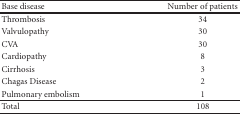
<table><thead><tr><td><b>Base disease</b></td><td><b>Number of patients</b></td></tr></thead><tbody><tr><td>Thrombosis</td><td>34</td></tr><tr><td>Valvulopathy</td><td>30</td></tr><tr><td>CVA</td><td>30</td></tr><tr><td>Cardiopathy</td><td>8</td></tr><tr><td>Cirrhosis</td><td>3</td></tr><tr><td>Chagas Disease</td><td>2</td></tr><tr><td>Pulmonary embolism</td><td>1</td></tr><tr><td>Total</td><td>108</td></tr></tbody></table>